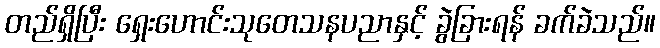
တည်ရှိပြီး ရှေးဟောင်းသုတေသနပညာနှင့် ခွဲခြားရန် ခက်ခဲသည်။